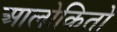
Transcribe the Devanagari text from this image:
आलोकितो